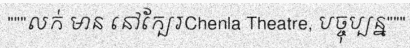
"""លក់ មាន នៅក្បែរChenla Theatre, បច្ចុប្បន្ន"""